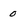
Character: 0